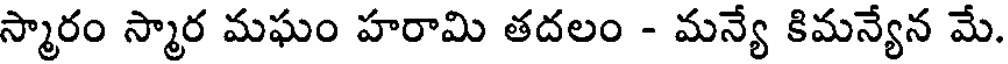
స్మారం స్మార మఘం హరామి తదలం - మన్యే కిమన్యేన మే.